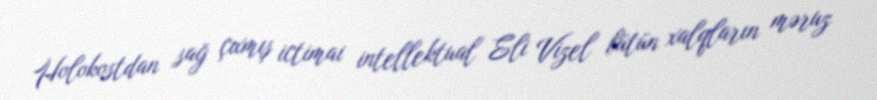
Holokostdan sağ çıxmış ictimai intellektual Eli Vizel bütün xalqların məruz